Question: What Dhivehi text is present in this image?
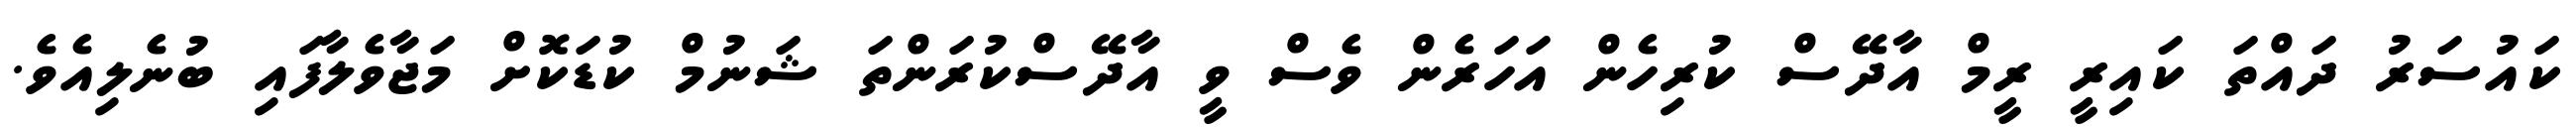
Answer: ކައުސަރު ދައްތަ ކައިރީ ރީމް އާދޭސް ކުރިހެން އަހަރެން ވެސް ވީ އާދޭސްކުރަންތަ ޝަނުމް ކުޑަކޮށް މަޖާވެލާފައި ބުނެލިއެވެ.